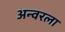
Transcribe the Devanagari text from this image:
अन्वरला